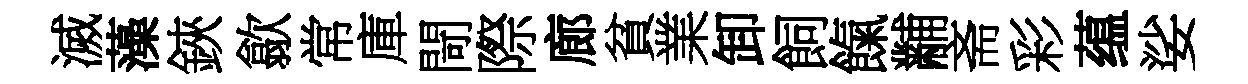
滅藻鋏歙常庫閜際廊貧業卸飼餼黼斋彩蕴娑